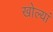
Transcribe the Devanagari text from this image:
खोल्यां